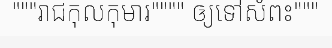
"""រាជកុលកុមារ"""" ឲ្យទៅសំពះ"""